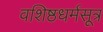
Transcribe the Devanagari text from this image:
वशिष्ठधर्मसूत्र